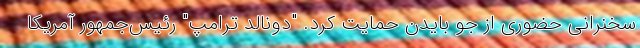
سخنرانی حضوری از جو بایدن حمایت کرد. "دونالد ترامپ" رئیس‌جمهور آمریکا